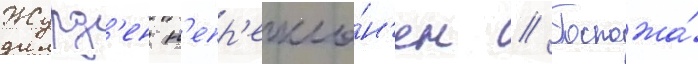
Журд'ен н'епр'екло́н'ен // Госпожа́